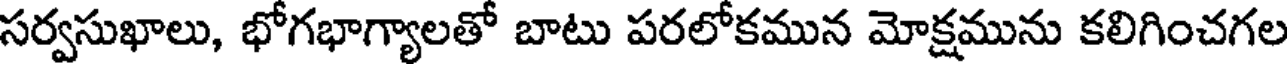
సర్వసుఖాలు, భోగభాగ్యాలతో బాటు పరలోకమున మోక్షమును కలిగించగల